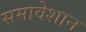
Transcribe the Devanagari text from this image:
समावेशान